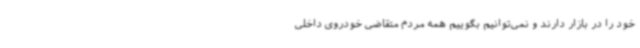
خود را در بازار دارند و نمی‌توانیم بگوییم همه مردم متقاضی خودروی داخلی